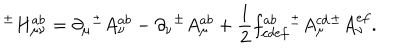
{ ^ { \pm } } H _ { \mu \nu } ^ { a b } = \partial _ { \mu } { ^ { \pm } } A _ { \nu } ^ { a b } - \partial _ { \nu } { ^ { \pm } } A _ { \mu } ^ { a b } + \frac { 1 } { 2 } f _ { c d e f } ^ { a b } { ^ { \pm } } A _ { \mu } ^ { c d } { ^ { \pm } } A _ { \nu } ^ { e f } .